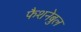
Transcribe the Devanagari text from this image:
फैशनेबुल